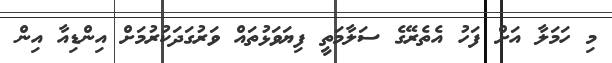
މި ހަމަލާ އަށް ފަހު އެތެރޭގެ ސަލާމަތީ ފިޔަވަޅުތައް ވަރުގަދަކުރުމަށް އިންޑިއާ އިން